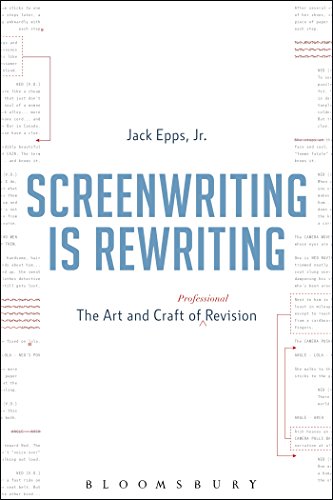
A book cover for Screenwriting is Rewriting: The Art and Craft of Professional Revision; Jack Epps  Jr.; Humor & Entertainment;